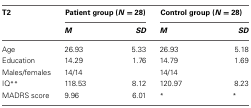
<table><thead><tr><td><b>T2</b></td><td colspan="2"><b>Patient group (<i>N</i> = 28)</b></td><td colspan="2"><b>Control group (<i>N</i> = 28)</b></td></tr><tr><td></td><td><b><i>M</i></b></td><td><b><i>SD</i></b></td><td><b><i>M</i></b></td><td><b><i>SD</i></b></td></tr></thead><tbody><tr><td>Age</td><td>26.93</td><td>5.33</td><td>26.93</td><td>5.18</td></tr><tr><td>Education</td><td>14.29</td><td>1.76</td><td>14.79</td><td>1.69</td></tr><tr><td>Males/females</td><td>14/14</td><td></td><td>14/14</td><td></td></tr><tr><td>IQ<sup>**</sup></td><td>118.53</td><td>8.12</td><td>120.97</td><td>8.23</td></tr><tr><td>MADRS score</td><td>9.96</td><td>6.01</td><td><sup>*</sup></td><td><sup>*</sup></td></tr></tbody></table>